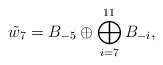
\begin{align*}\tilde{w}_7 = B_{-5} \oplus \bigoplus_{i=7}^{11} B_{-i},\end{align*}